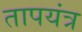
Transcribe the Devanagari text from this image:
तापयंत्र